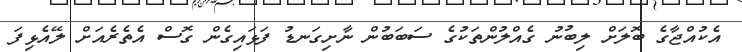
އެކުއްޖާގެ ބޮލަށް ލިބުނު ގެއްލުންތަކުގެ ސަބަބުން ނާށިގަނޑު ފަޅައިގެން ގޮސް އެތެރެއަށް ލޭއެޅިފަ